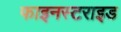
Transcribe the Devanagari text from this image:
फाइनस्टराइड